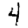
Digit: 4